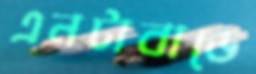
এনটাবাডে